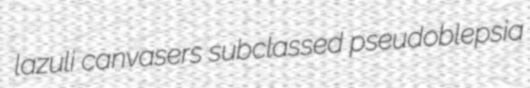
lazuli canvasers subclassed pseudoblepsia